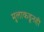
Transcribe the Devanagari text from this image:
मुलाकडूनही